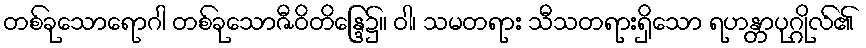
တစ်ခုသောရောဂါ တစ်ခုသောဇီဝိတိန္ဒြေ၌။ ဝါ၊ သမတရား သီသတရားရှိသော ရဟန္တာပုဂ္ဂိုလ်၏